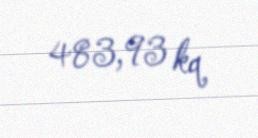
483,93 kq